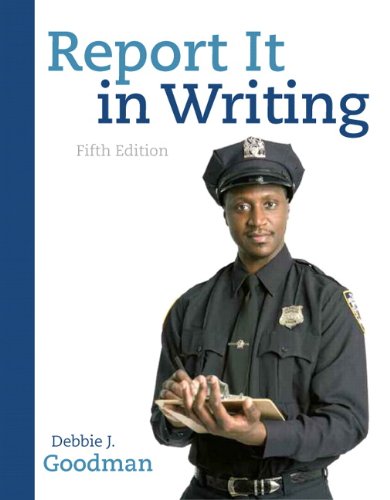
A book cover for Report It in Writing (5th Edition); Debbie J. Goodman; Law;